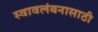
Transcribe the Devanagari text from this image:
स्वावलंबनासाठी